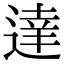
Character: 達